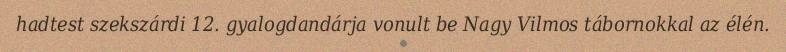
hadtest szekszárdi 12. gyalogdandárja vonult be Nagy Vilmos tábornokkal az élén.